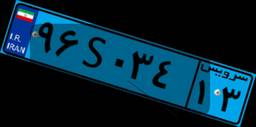
۵۶S۲۳۸۶۲